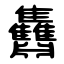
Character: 䨊